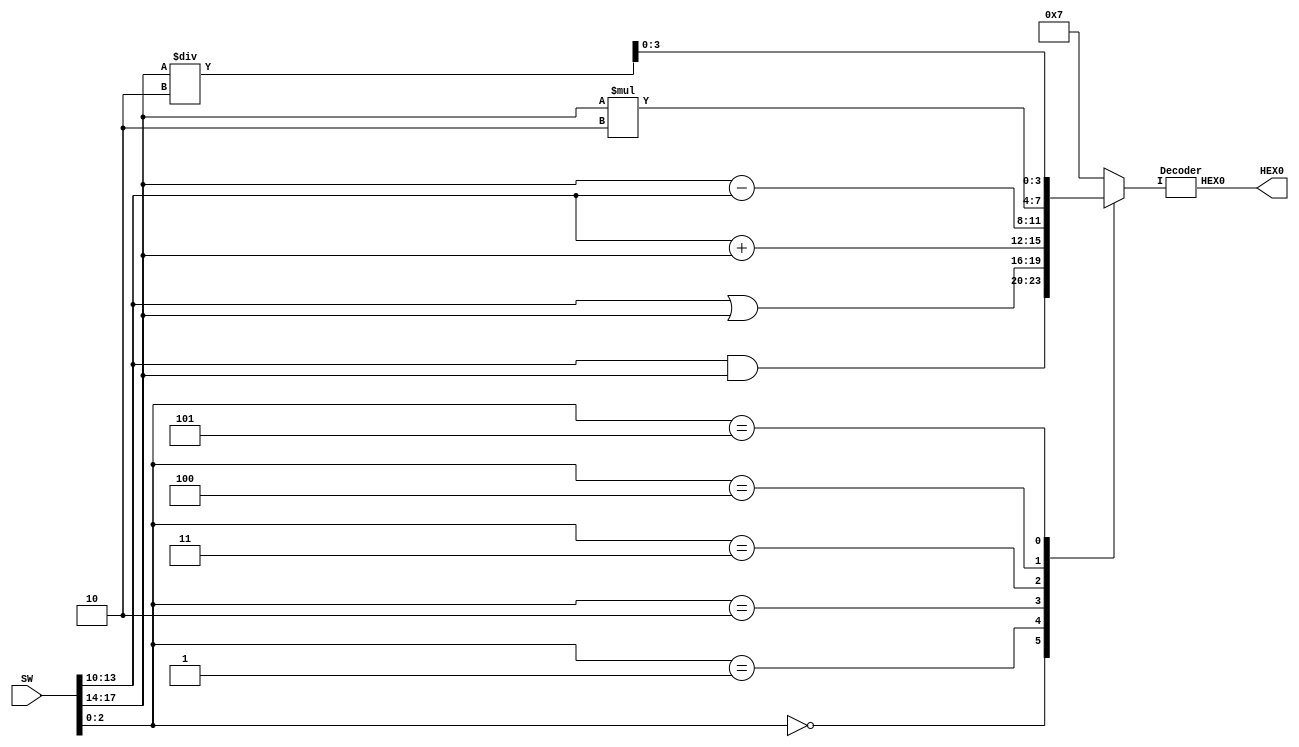
module alu (SW,HEX0);
    input [17:0]SW;
    output [6:0]HEX0;
    reg [3:0] s;
	Decoder TX(.I(s),.HEX0(HEX0));
    
    always @(SW[2:0], SW[17:10])
    begin
        case(SW[2:0])
            3'b000: s = (SW[13:10] & SW[17:14]);
            3'b001: s = (SW[13:10] | SW[17:14]);
            3'b010: s = (SW[13:10] + SW[17:14]);
            3'b011: s = (SW[17:14] - SW[13:10]);
            3'b100: s = (SW[17:14] * 2);
            3'b101: s = (SW[17:14] / 2);
            default: s = 3'b111;
         endcase   
    end
endmodule


module Decoder(I, HEX0);
    input [3:0]I;
    output [6:0]HEX0;
    reg [6:0] segmentos;
    always @(*)
    begin
    case ({I[3],I[2],I[1],I[0]})
        4'b0000: segmentos=7'b0000001;
        4'b0001: segmentos=7'b1001111;
        4'b0010: segmentos=7'b0010010;
        4'b0011: segmentos=7'b0000110;
        4'b0100: segmentos=7'b1001100;
        4'b0101: segmentos=7'b0100100;
        4'b0110: segmentos=7'b0100000;
        4'b0111: segmentos=7'b0001111;
        4'b1000: segmentos=7'b0000000;
        4'b1001: segmentos=7'b0000100;
        default: segmentos = 7'b1111111;
    endcase
    end
    assign {HEX0[0],HEX0[1],HEX0[2],HEX0[3],HEX0[4],HEX0[5],HEX0[6]} = segmentos;
endmodule